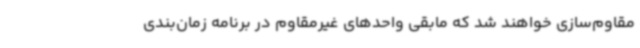
مقاوم‌سازی خواهند شد که مابقی واحدهای غیرمقاوم در برنامه زمان‌بندی